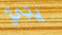
يجيء